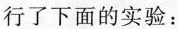
行了下面的实验：